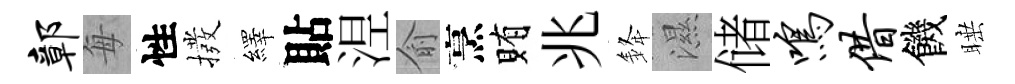
鄣每性撥繹貼𣵀俞烹賄兆𨦟濕储鸣借饑睡